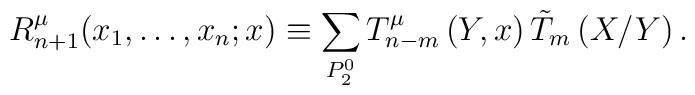
R_{n+1}^\mu (x_1,\ldots ,x_n;x)\equiv \sum\limits_{P_2^0}T_{n-m}^\mu \left(Y,x\right) \tilde{T}_m\left( X/Y\right) .